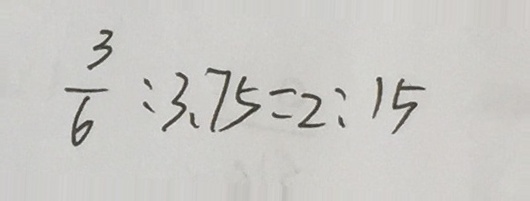
\frac { 3 } { 6 } : 3 . 7 5 = 2 : 1 5